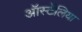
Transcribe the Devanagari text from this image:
ऑर्स्टेलिया